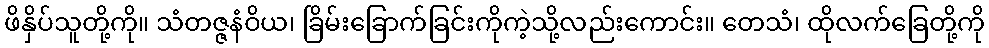
ဖိနှိပ်သူတို့ကို။ သံတဇ္ဇနံဝိယ၊ ခြိမ်းခြောက်ခြင်းကိုကဲ့သို့လည်းကောင်း။ တေသံ၊ ထိုလက်ခြေတို့ကို